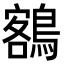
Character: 𪃭